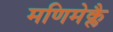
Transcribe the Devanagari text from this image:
मणिमेक्लै